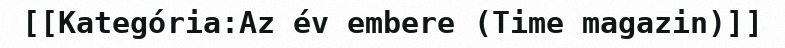
[[Kategória:Az év embere (Time magazin)]]